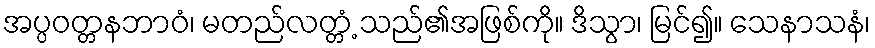
အပ္ပဝတ္တနဘာဝံ၊ မတည်လတ္တံ့ သည်၏အဖြစ်ကို။ ဒိသွာ၊ မြင်၍။ သေနာသနံ၊